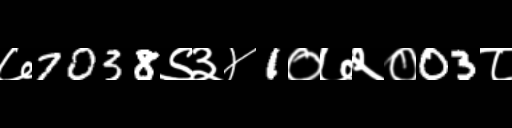
Text: ७7038९३४1०७२०03८